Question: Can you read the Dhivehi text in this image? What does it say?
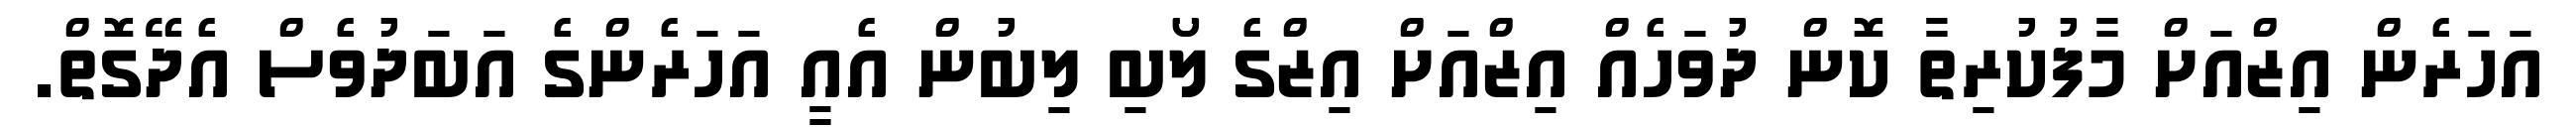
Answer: އަހަރެން އިޒްއަށް މާފުކުރިތާ ކޮން ދުވަހެއް އިޒްއަށް އިޒްގެ ލޯބި ލިބުން އެއީ އަހަރެންގެ އަބަދުވެސް އެދޭގޮތް.